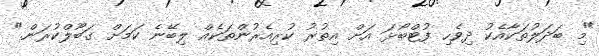
"މި ބަދަލުތަކާއެކު ދިވެހި ފުޓްބޯޅަ އަށް އިތުރު ކުރިއެރުންތަކެއް ލިބޭނެ ކަމަށް ގަބޫލްކުރަން."